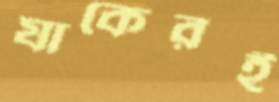
যাকেরই